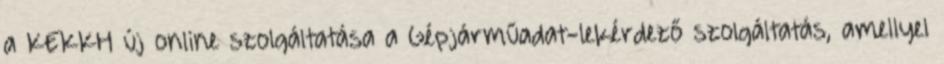
a KEKKH új online szolgáltatása a Gépjárműadat-lekérdező szolgáltatás, amellyel